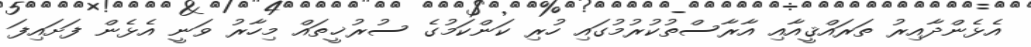
އެޅެންދާއިރު ތަރައްޤީއާއި އާރާސްތުކުރުމުގައި ހުރި ކަންކަމުގެ ސުރުޚީތައް މިހާރު ވަނީ އެޅެން ފަށައިފަ